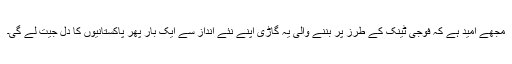
مجھے امید ہے کہ فوجی ٹینک کے طرز پر بننے والی یہ گاڑی اپنے نئے انداز سے ایک بار پھر پاکستانیوں کا دل جیت لے گی۔